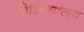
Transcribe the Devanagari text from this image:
विश्‍विद्यालय